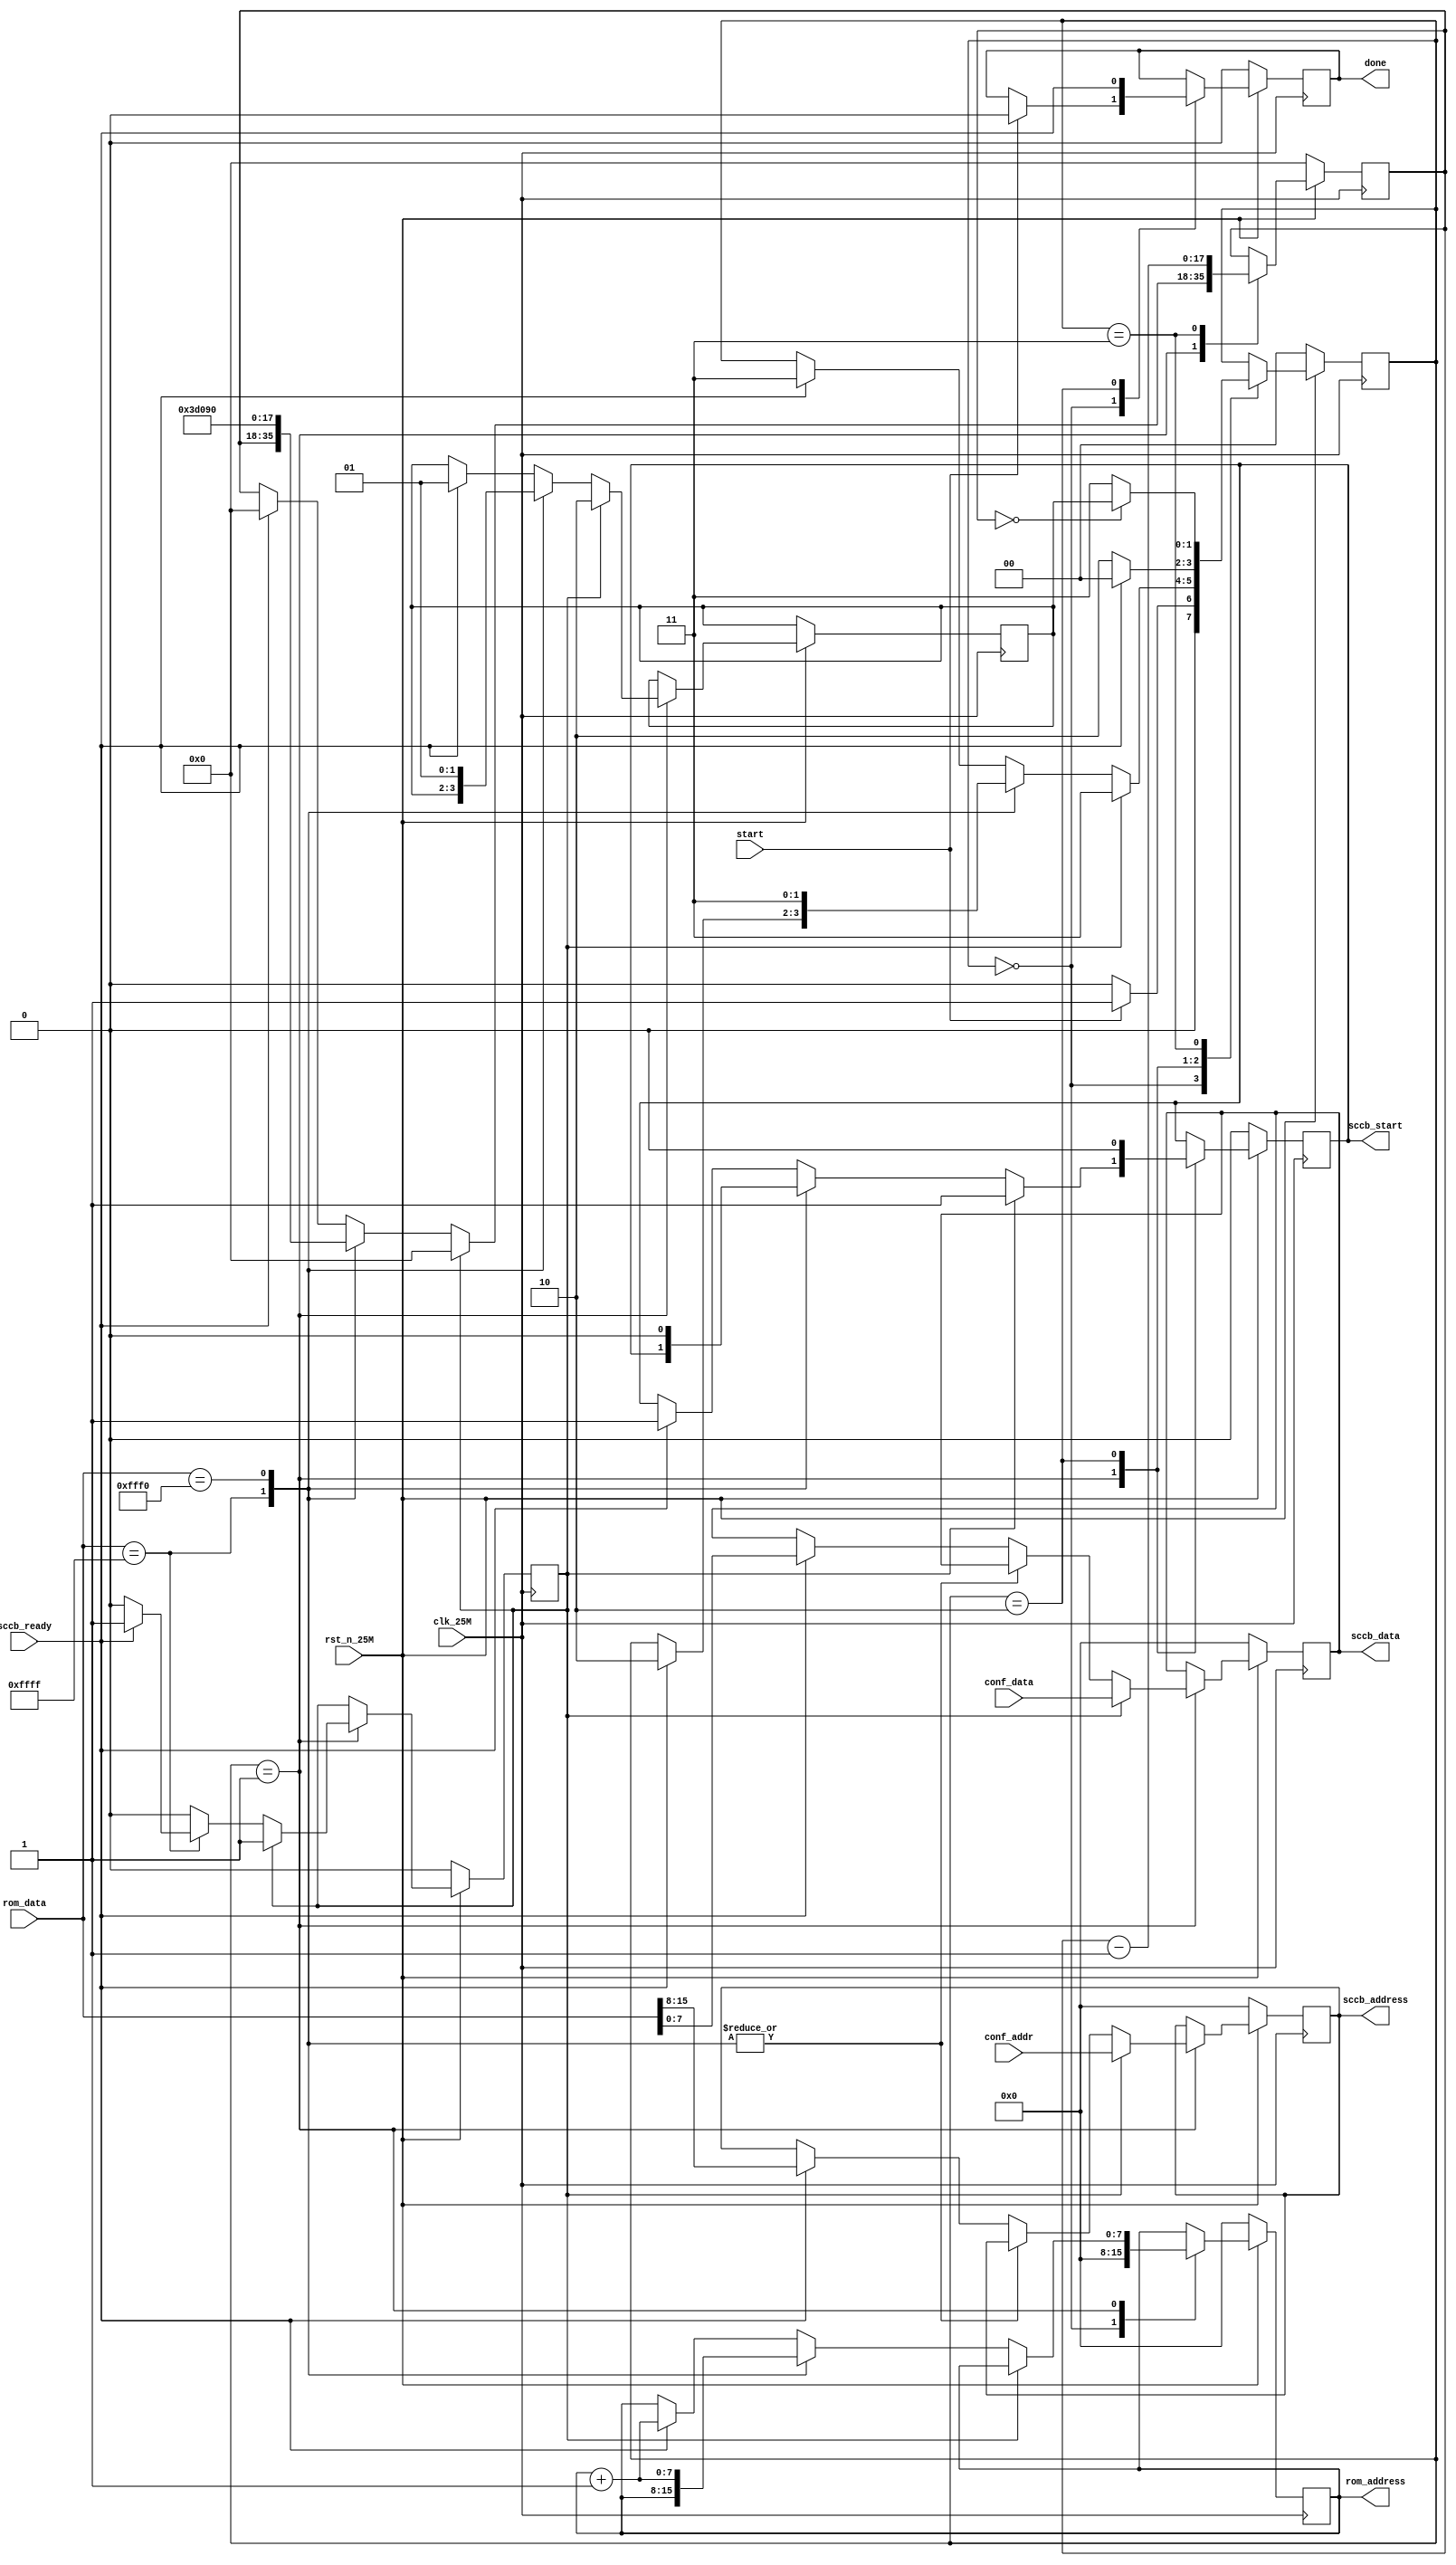
module ov7670_config(
	input clk_25M,
	input rst_n_25M,
	input sccb_ready,
	input start,
	input [7:0] conf_addr,
	input [7:0] conf_data,
	input[15:0] rom_data,
	output reg done,
	output reg sccb_start,
	output reg [7:0] rom_address,
	output reg [7:0] sccb_data,
	output reg[7:0] sccb_address
);
	// On reset the address/data is read from the ov7670_rom. When the reset configuration is done, rst_done is asserted and the address/data are read from the keypad.


	reg[1:0] STATE;
	reg[1:0] RETURN_STATE;
	reg[17:0] delay_count;
	reg rst_done;

	localparam IDLE = 0;
	localparam START_CONFIG = 1;
	localparam READY = 2;
	localparam TIMER = 3;


	always@(posedge clk_25M) begin
		if(~rst_n_25M) begin
			done <= 1'b0;
			sccb_start <= 1'b0;
			rom_address <= 8'b0;
			sccb_data <= 8'b0;
			sccb_address <= 8'b0;
			STATE <= IDLE;
			delay_count <= 18'b0;
			rst_done <= 1'b0;
		end else begin
			case(STATE)

				IDLE: begin
					STATE <= start ? START_CONFIG : IDLE;
					rom_address <= 8'b0;
					done <= start ? 0 : done;
				end

				START_CONFIG: begin
					if(rst_done) begin
							STATE <= TIMER;
							RETURN_STATE <= READY;
							delay_count <= 0;
							sccb_address <= conf_addr;
							sccb_data <= conf_data;
							sccb_start <= 1'b1;
					end else begin
						case(rom_data)

							16'hFFFF: begin //End of ROM
								//STATE <= READY;
								//sccb_start <= 1'b0;if(sccb_ready) begin
								if (sccb_ready) begin
									//STATE <= TIMER;
									STATE <= READY;
									//delay_count <= 0;
									//sccb_address <= rom_data[15:8];
									//sccb_data <= rom_data[7:0];
									//sccb_start <= 1;
									rst_done <= 1'b1;

								end
							end

							16'hFFF0: begin
								STATE <= TIMER;
								RETURN_STATE <= START_CONFIG;
								rom_address <= rom_address + 1;
								delay_count <= 18'd250000; //Delay 10ms
								sccb_start <= 1'b0;
							end

							default: begin
								if(sccb_ready) begin
									STATE <= TIMER;
									RETURN_STATE <= START_CONFIG;
									delay_count <= 0;
									rom_address <= rom_address + 1;
									sccb_address <= rom_data[15:8];
									sccb_data <= rom_data[7:0];
									sccb_start <= 1;
								end

							end
						endcase
					end
				end

				READY: begin
					STATE <= (sccb_ready) ? IDLE : READY;
					done <= (sccb_ready);
					sccb_start <= 1'b0;
				end

				TIMER: begin
					//sccb_start <= 0;
					STATE <= (delay_count == 0) ? RETURN_STATE : TIMER;
					delay_count <= delay_count - 1;
				end

			endcase
		end


	end
endmodule